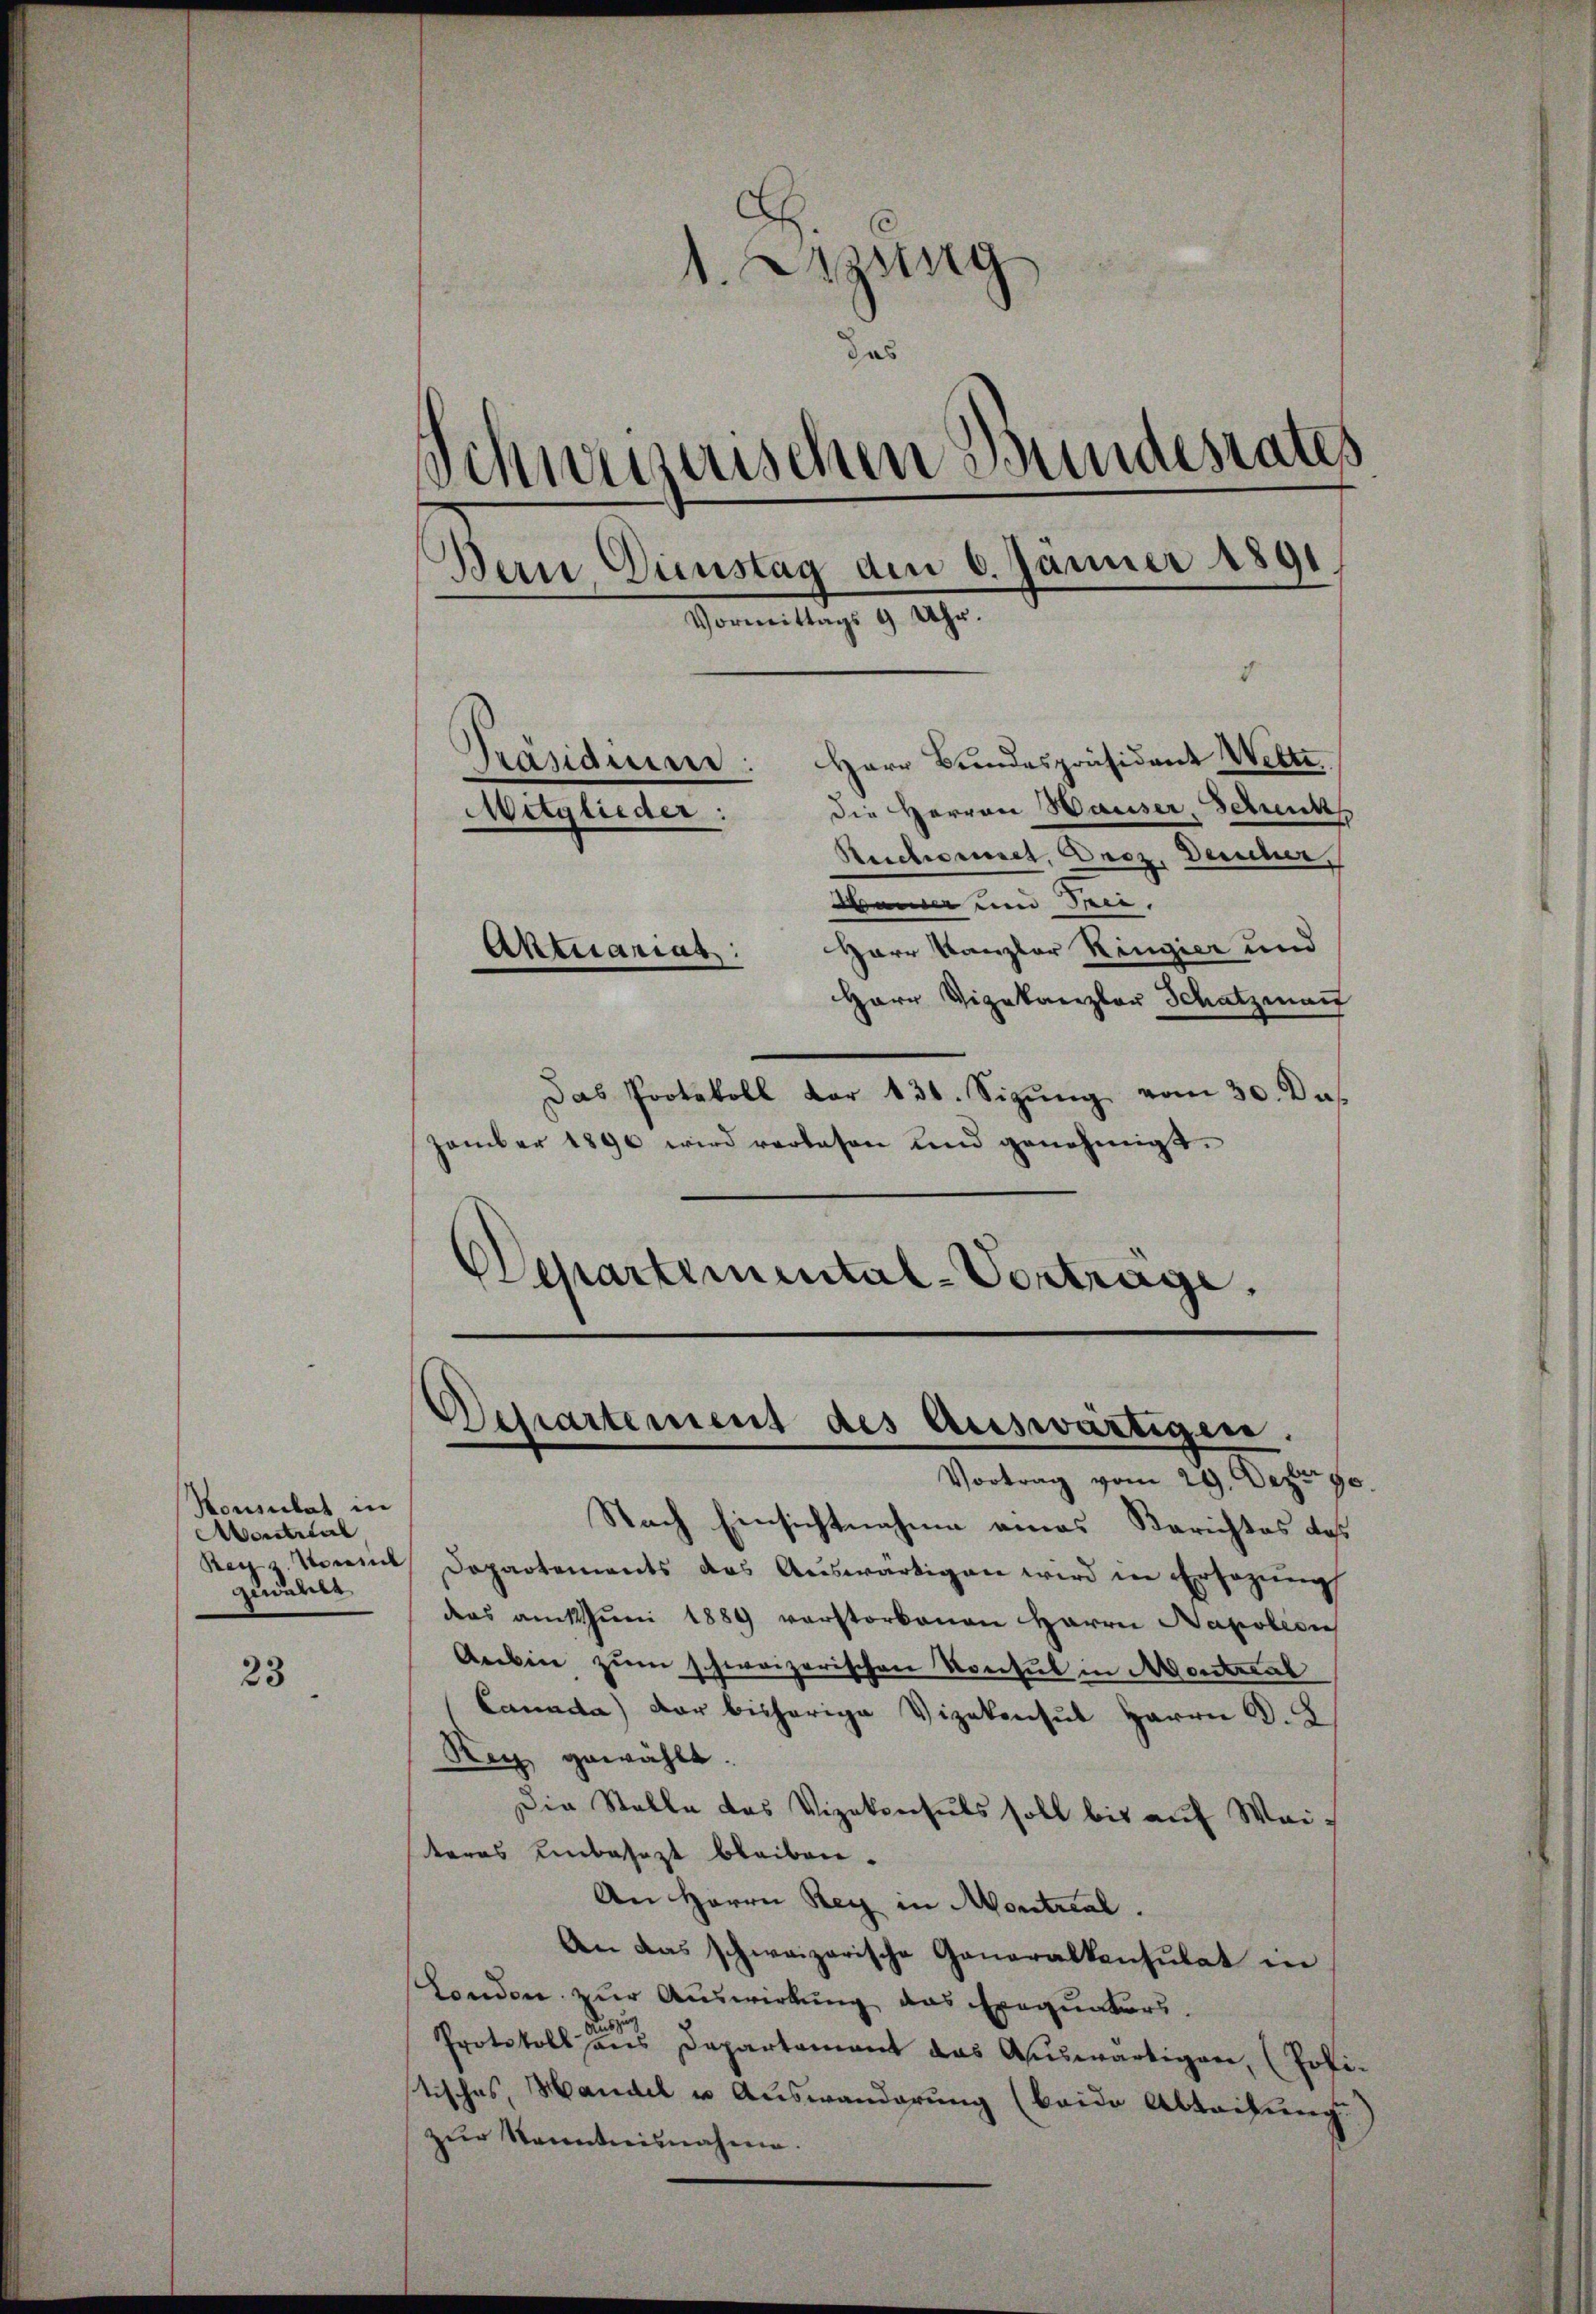
Konsulat in
Aontreul
gewüns

23

1. Erzung
das
Schweizerischen Bundesrates
Bern, Einstag den 6. Jänner 1891
Vormittags 9 Uhr.
Präsidium: Herr Bundespräsident Wette
Mitglieder: die Herren Hauser, Schenk
Ruchornet, Droz, Deucher,
den und sei.

Harr Kanzler Kingier und
Herr Vizekanzler Schatzman
Das Protokoll der 131. Sizŭng vom 30. Das
zember 1890 wird verlesen und genehmigt.
Departemental-Vorträge.

Aktuariat:

Departement des Auswärtigen.
Vortrag vom 29. Dez. 90.

Nach Einsichtnahme eines Berichtes das
Reyz. Kommt Departements das Aŭswärtigen wird in Ersezung
das antuni 1889 verstorbenen Herrn Napoleon
Areben zum schweizerischen Konsul in Montical
Cannda) der bisherige Vizekonsul Herrn D.
Reg gewählt.
Die Stelle das Vizekonsuls soll bis aŭf Weiteres Unbesezt bleiben.
An Herrn Rey in Montreal.
An das schweizerische Generalkonsulat in
London zur Auswirkung das Exequaters.
szug
d
Protokoll aus Departement das Auswärtigen, (Politisches, Handel u. Auswanderung (beide Abteilung.
zur Kenntnisnahme.